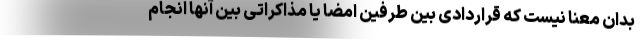
بدان معنا نیست که قراردادی بین طرفین امضا یا مذاکراتی بین آنها انجام